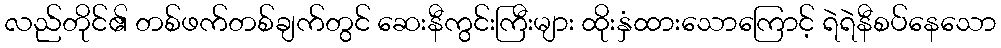
လည်တိုင်၏ တစ်ဖက်တစ်ချက်တွင် ဆေးနီကွင်းကြီးများ ထိုးနှံထားသောကြောင့် ရဲရဲနီစပ်နေသော